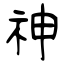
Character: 神